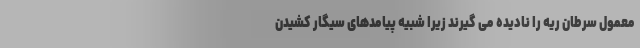
معمول سرطان ریه را نادیده می گیرند زیرا شبیه پیامدهای سیگار کشیدن